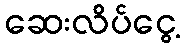
ဆေးလိပ်ငွေ့